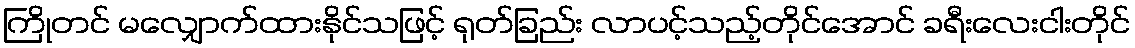
ကြိုတင် မလျှောက်ထားနိုင်သဖြင့် ရုတ်ခြည်း လာပင့်သည့်တိုင်အောင် ခရီးလေးငါးတိုင်